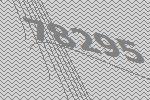
78295